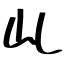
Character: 乢